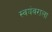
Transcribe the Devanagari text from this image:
स्वयंवराला